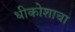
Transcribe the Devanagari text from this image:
धीकोशाचा